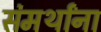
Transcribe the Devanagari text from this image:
संमर्थांना